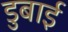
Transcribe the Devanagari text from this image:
डुबाई